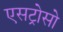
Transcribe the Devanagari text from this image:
एसट्रोसो